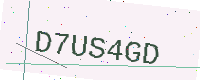
Text: D7US4GD